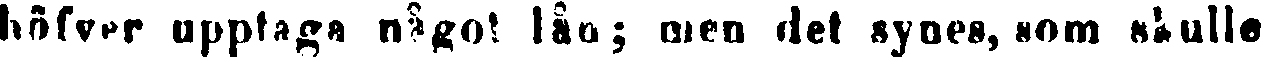
höfver upptaga något lån; men det synes, som skulle